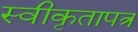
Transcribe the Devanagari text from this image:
स्वीकृतापत्र